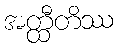
အတ္ထီတိဿ